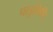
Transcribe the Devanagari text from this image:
पाडुलिपि